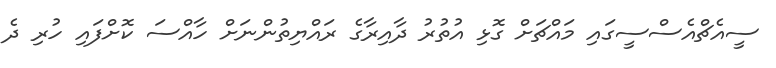
ސީއެޗްއެސްސީގައި މައްޗަށް ގޮޅި އުތުރު ދާއިރާގެ ރައްޔިތުންނަށް ހާއްސަ ކޮށްފައި ހުރި ދެ